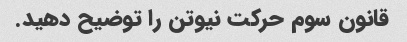
قانون سوم حرکت نیوتن را توضیح دهید.